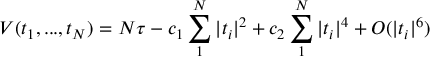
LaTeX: V ( t _ { 1 } , . . . , t _ { N } ) = N \tau - c _ { 1 } \sum _ { 1 } ^ { N } | t _ { i } | ^ { 2 } + c _ { 2 } \sum _ { 1 } ^ { N } | t _ { i } | ^ { 4 } + { \cal { O } } ( | t _ { i } | ^ { 6 } )